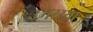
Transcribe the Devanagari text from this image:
उमरय्या